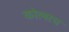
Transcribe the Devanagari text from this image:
कोल्सच